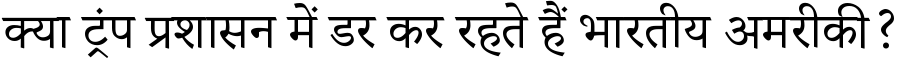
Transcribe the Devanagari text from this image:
क्या ट्रंप प्रशासन में डर कर रहते हैं भारतीय अमरीकी?